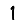
Digit: 1